Annual report on the working of the lock hospitals in the Central Provinces
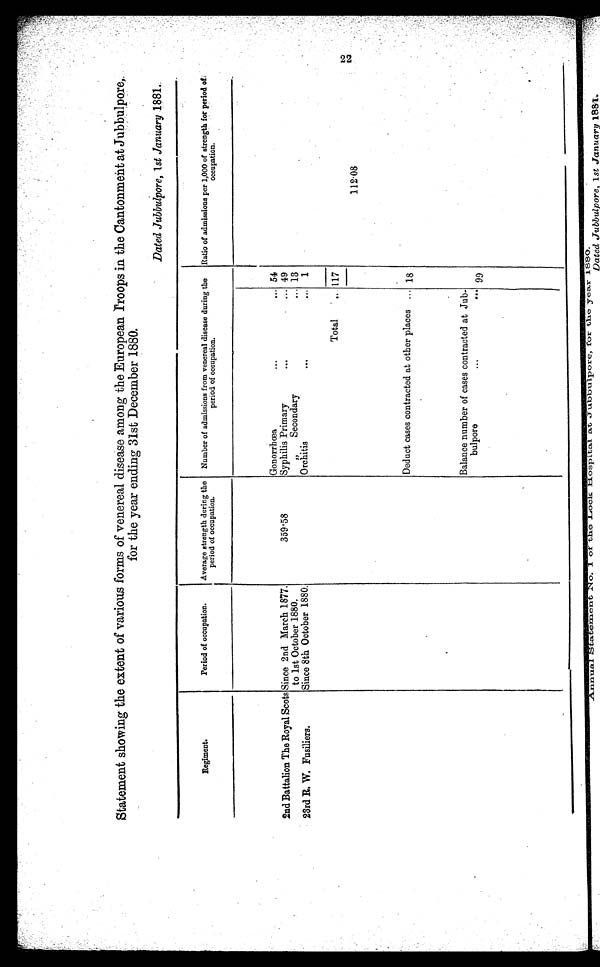
Statement showing the extent of various forms of venereal disease among the European Troops in the Cantonment at Jubbulpore,
for the year ending 31st December 1880.
Dated Jubbulpore, 1st January 1881.
R e g i m e n t .
Period of occupation. Average strength during the
period of occupation.
Number of admissions from venereal disease during the
period of occupation.
Ratio of admissions per 1,000 of strength for period of
occupation.
Gonorrhœa
. . .
. . . 54
2nd Battalion The Royal Scots Since 2nd March 1877.
3 5 9 . 5 8
Syphilis Primary
. . .
. . . 49
to 1st October 1880
Secondary
... 13
23rd R. W. Fusiliers.
Since 8th October 1880.
Orchitis
...
... 1
Total ... 117
1 1 2 . 0 8
Deduct cases contracted at otherplaces ... 18
Balance number of cases contracted at Jub-
bulpore
. . .
. . . 99
22